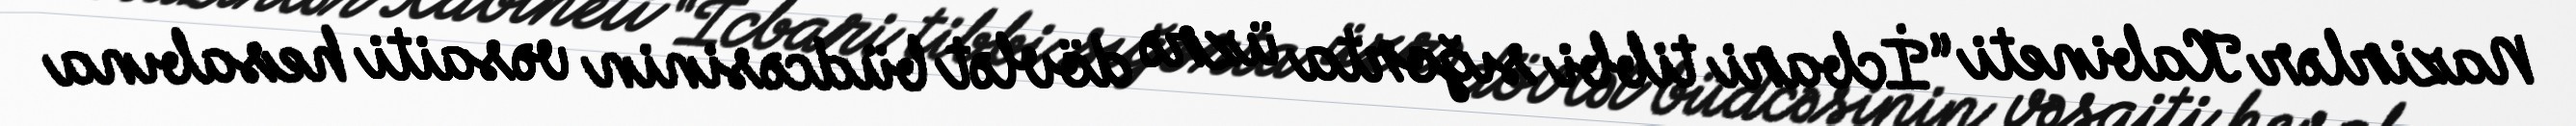
Nazirlər Kabineti “İcbari tibbi sığorta üzrə dövlət büdcəsinin vəsaiti hesabına